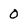
Character: O